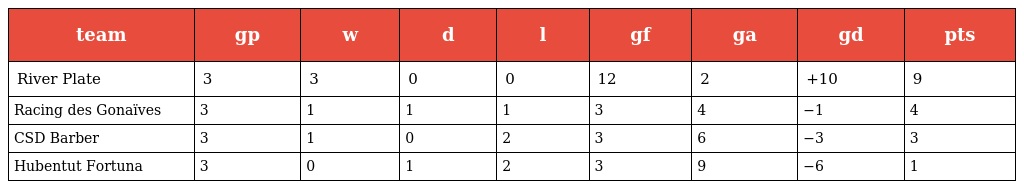
| team | gp | w | d | l | gf | ga | gd | pts |
 | --- | --- | --- | --- | --- | --- | --- | --- | --- |
 | River Plate | 3 | 3 | 0 | 0 | 12 | 2 | +10 | 9 |
 | Racing des Gonaïves | 3 | 1 | 1 | 1 | 3 | 4 | −1 | 4 |
 | CSD Barber | 3 | 1 | 0 | 2 | 3 | 6 | −3 | 3 |
 | Hubentut Fortuna | 3 | 0 | 1 | 2 | 3 | 9 | −6 | 1 |